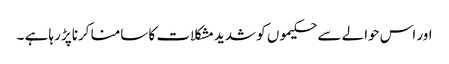
اور اس حوالے سے حکیموں کو شدید مشکلات کا سامنا کرناپڑ رہا ہے ۔